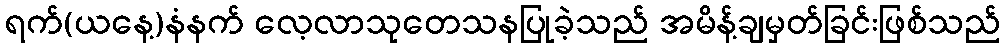
ရက်(ယနေ့)နံနက် လေ့လာသုတေသနပြုခဲ့သည် အမိန့်ချမှတ်ခြင်းဖြစ်သည်